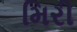
મિરી